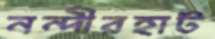
নন্দীরহাট